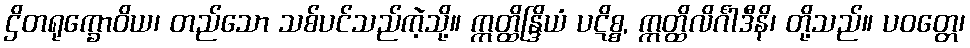
ဌိတရုက္ခောဝိယ၊ တည်သော သစ်ပင်သည်ကဲ့သို့။ ဣတ္ထိန္ဒြိယံ ပဋိစ္စ, ဣတ္ထိလိင်္ဂါဒီနိ၊ တို့သည်။ ပဝတ္တေ၊